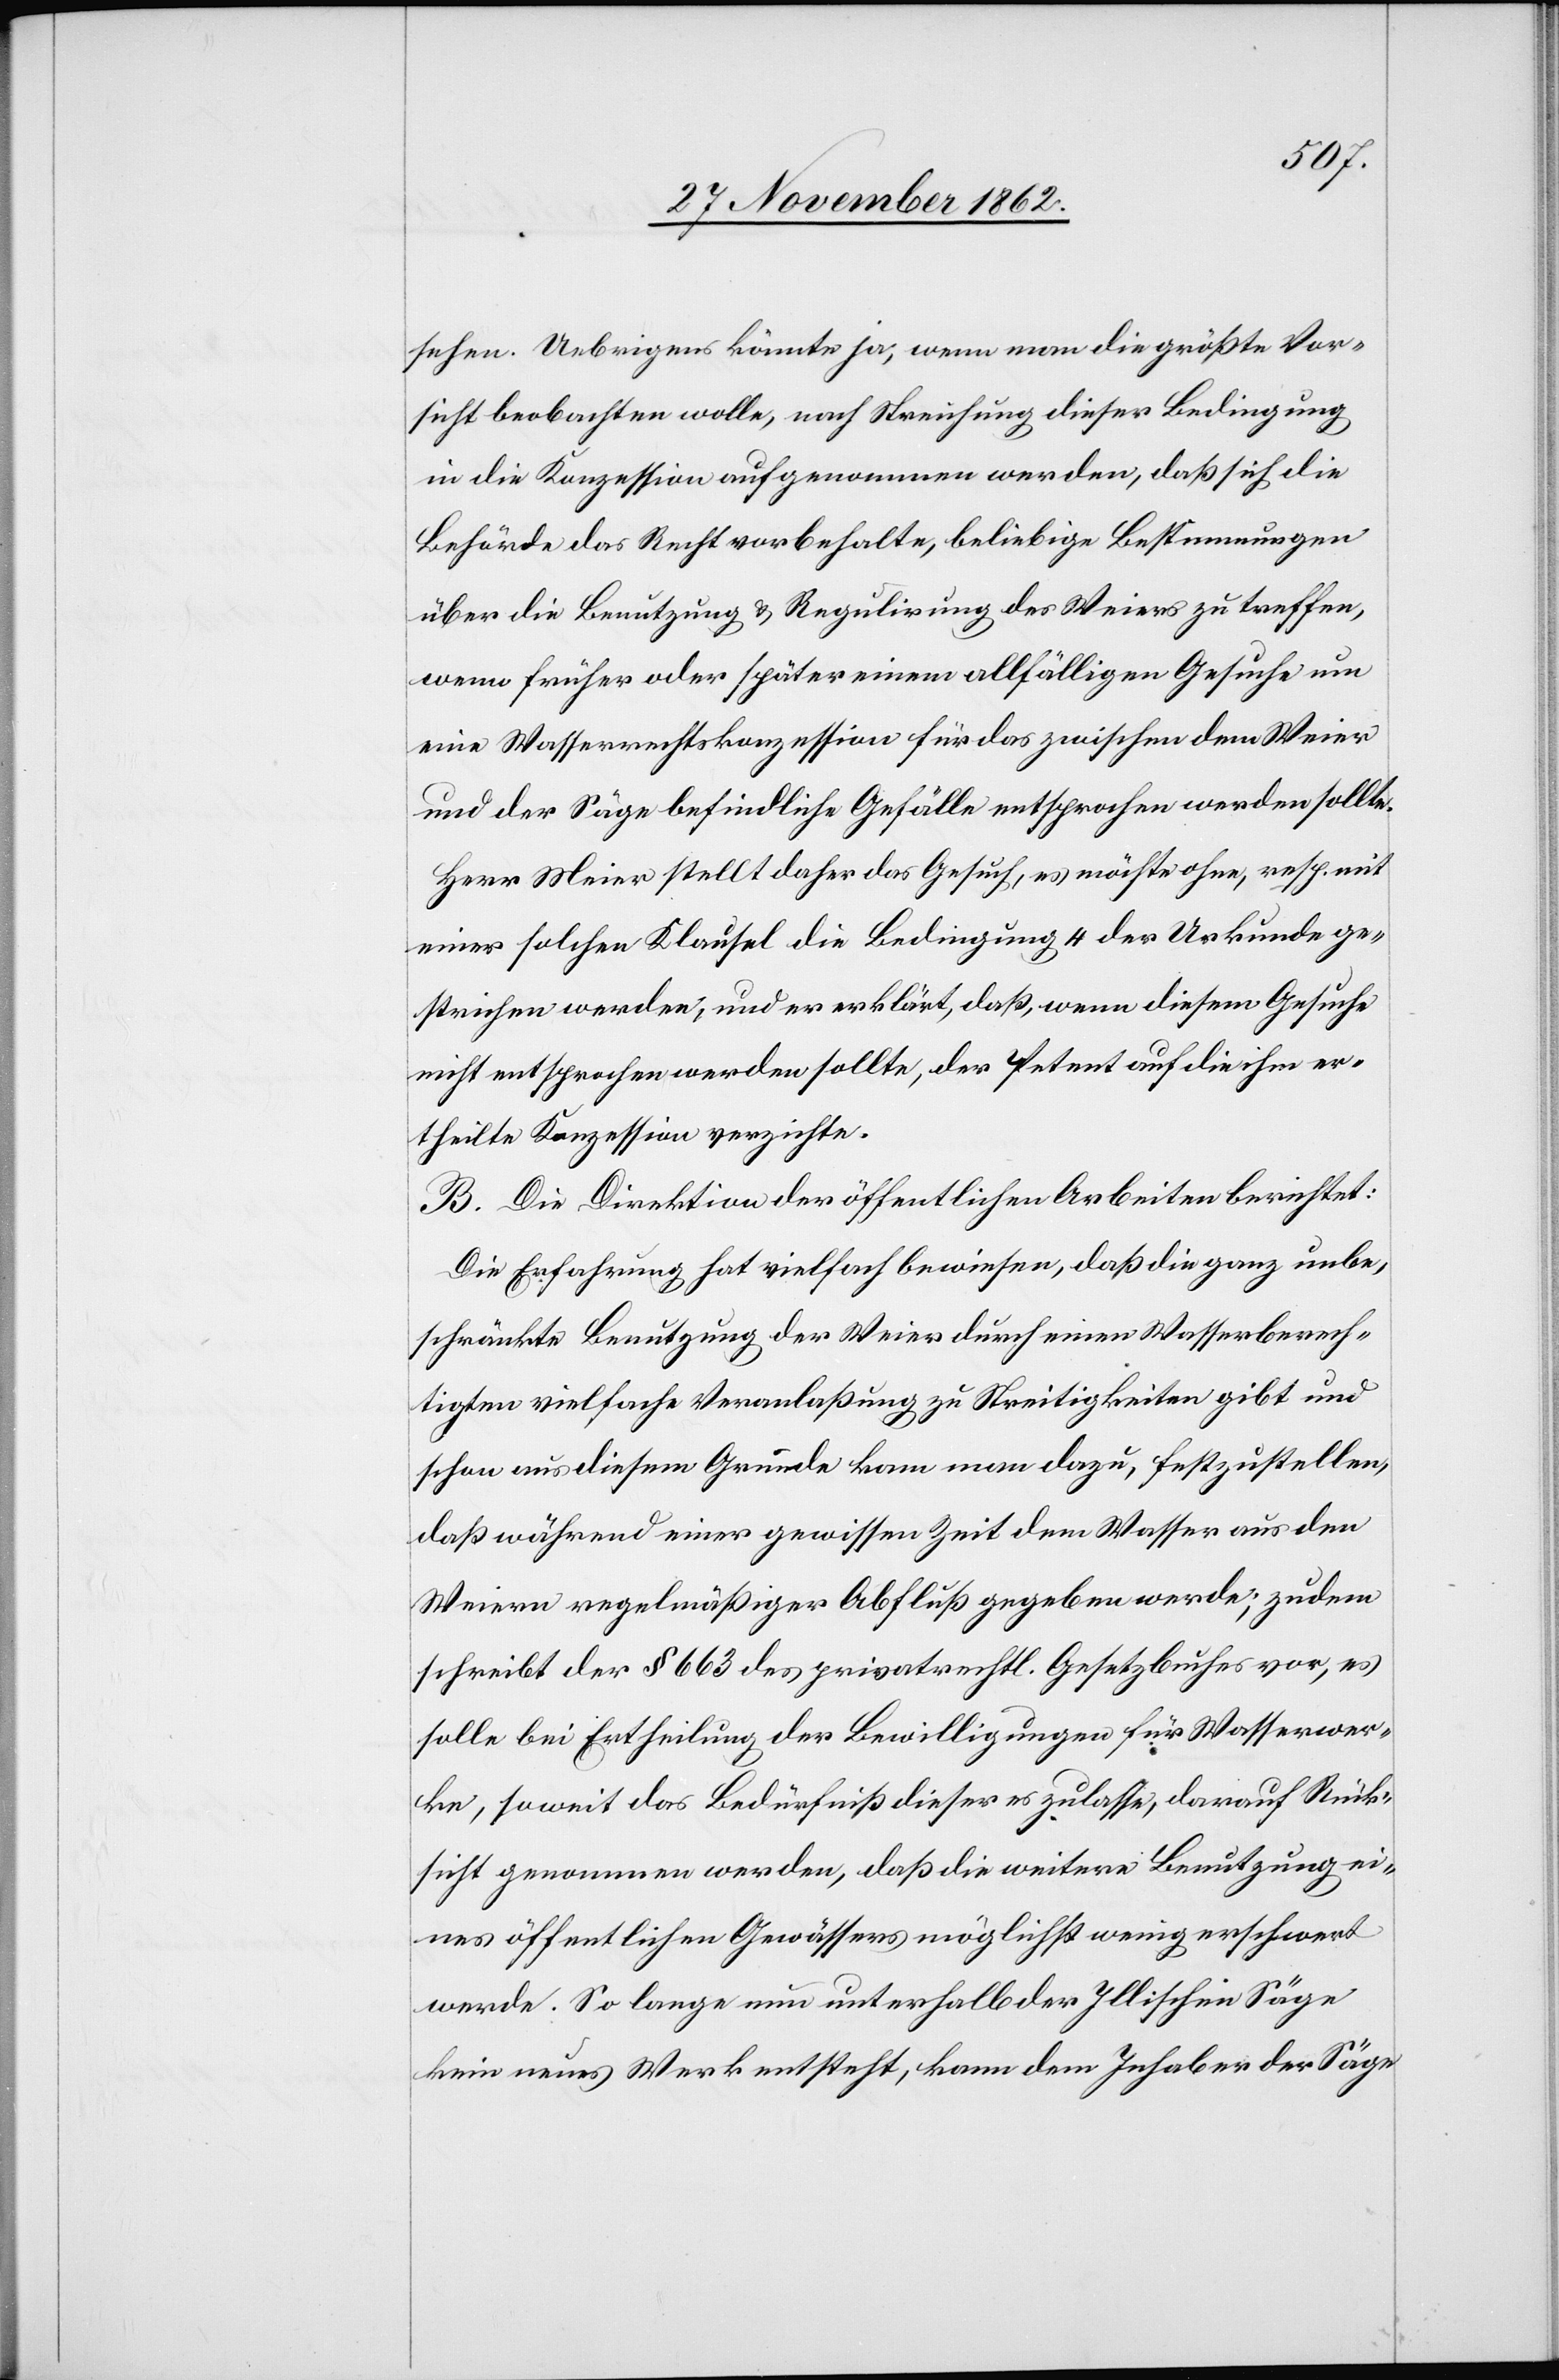
sehen. Uebrigens könnte ja, wenn man die größte Vor¬
sicht beobachten wolle, nach Streichung dieser Bedingung
in die Konzession aufgenommen werden, daß sich die
Behörde das Recht vorbehalte, beliebige Bestimmungen
über die Benutzung u. Regulirung des Weiers zu treffen,
wenn früher oder später einem allfälligen Gesuche um
eine Wasserrechtskonzession für das zwischen dem Weier
und der Säge befindliche Gefälle entsprochen werden sollte.
Herr Meier stellt daher das Gesuch, es möchte ohne, resp. mit
einer solchen Klausel die Bedingung 4 der Urkunde ge¬
strichen werden, und er erklärt, daß, wenn diesem Gesuche
nicht entsprochen werden sollte, der Petent auf die ihm er¬
theilte Konzession verzichte.
B. Die Direktion der öffentlichen Arbeiten berichtet:
Die Erfahrung hat vielfach bewiesen, dass die ganz unbe¬
schränkte Benutzung der Weier durch einen Wasserberech¬
tigten vielfache Veranlaßung zu Streitigkeiten gibt und
schon aus diesem Grunde kam man dazu, festzustellen,
daß während einer gewissen Zeit dem Wasser aus den
Weiern regelmäßiger Abfluß gegeben werde; zudem
schreibt der § 663 des privatrechtl. Gesetzbuches vor, es
solle bei Ertheilung der Bewilligungen für Wasserwer¬
ke, soweit das Bedürfniß dieser es zulasse, darauf Rück¬
sicht genommen werden, daß die weitere Benutzung ei¬
nes öffentlichen Gewässers möglichst wenig erschwert
werde. So lange nun unterhalb der Illischen Säge
kein neues Werk entsteht, kann dem Inhaber der Säge